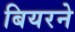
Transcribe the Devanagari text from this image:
बियरने